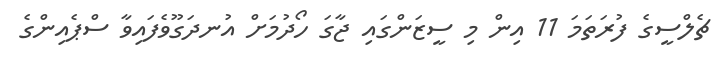
ޗެލްސީގެ ފުރަތަމަ 11 އިން މި ސީޒަންގައި ޖާގަ ހޯދުމަށް އުނދަގޫވެފައިވާ ސްޕެއިންގެ